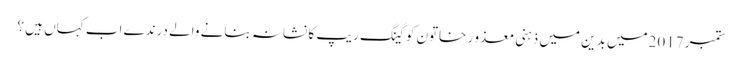
ستمبر 2017میں بدین میں ذہنی معذو ر خاتون کو گینگ ریپ کا نشانہ بنانے والے درندے اب کہاں ہیں ؟